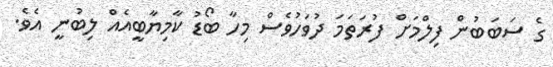
ގެ ސަބަބުން ފިލްމަށް ފުރަތަމަ ދުވަހުވެސް މިހާ ބޯޑު ކާމިޔާބީއެއް ލިބުނީ އެވެ.